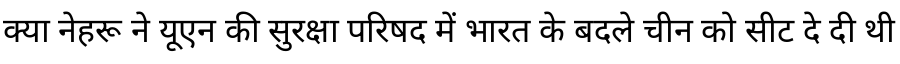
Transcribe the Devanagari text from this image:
क्या नेहरू ने यूएन की सुरक्षा परिषद में भारत के बदले चीन को सीट दे दी थी